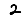
Digit: 2